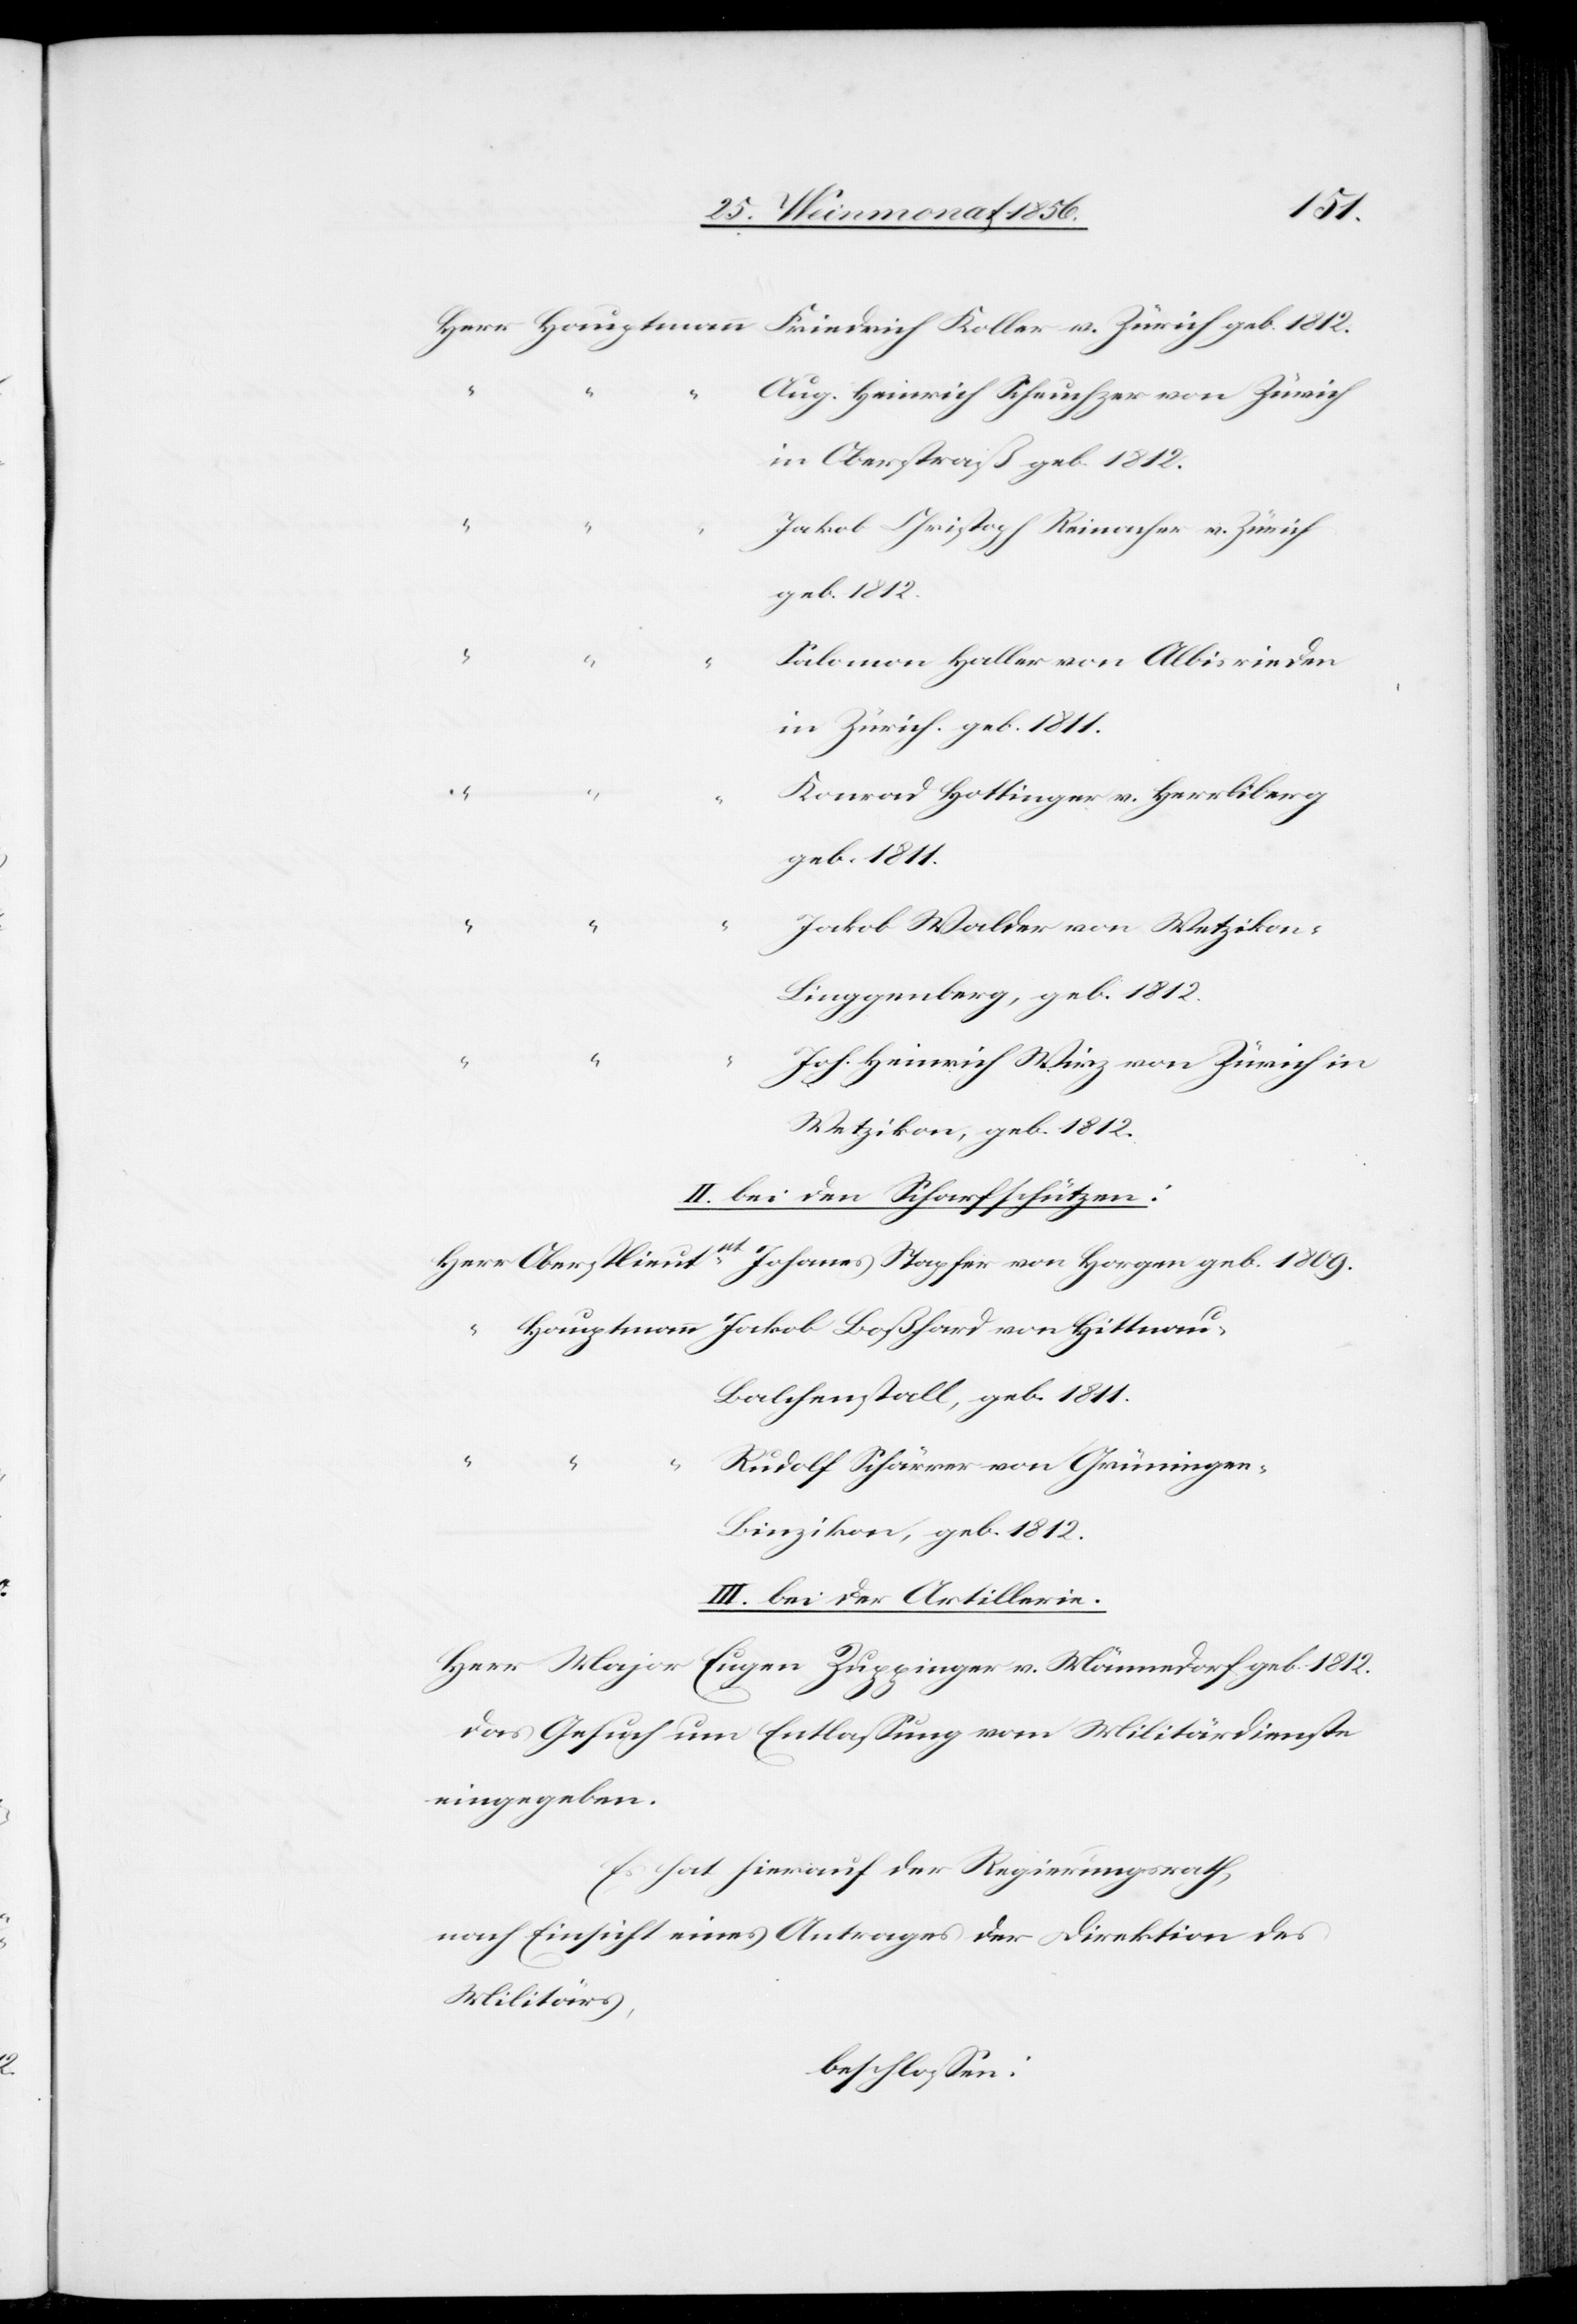
Herr Hauptmann Friedrich Koller v. Zürich geb. 1812.
ug. Heinrich Scheuchzer von Zürich
in Oberstraß geb. 1812.
akob Christoph Reinacher v. Zürich
geb. 1812.
alomon Haller von Albisrieden
in Zürich. geb. 1811.
onrad Hottinger v. Herrliberg
geb. 1811.
akob Walder von Wetzikon-L¬
inggenberg, geb. 1812.
oh. Heinrich Wirz von Zürich in
Wetzikon, geb. 1812.
II. bei den Scharfschützen:
Herr Oberstlieutnt Johanes Stapfer von Horgen geb. 1809.
Hauptmann Jakob Boßhard von Hittnau-B¬
alchenstall, geb. 1811.
“	“	R¬
udolf Schärrer von Grüningen-B¬
inzikon, geb. 1812.
III. bei der Artillerie.
Herr Major Eugen Zuppinger v. Männedorf geb. 1812.
das Gesuch um Entlassung vom Militärdienste
eingegeben.
Es hat hierauf der Regierungsrath,
nach Einsicht eines Antrages der Direktion des
Militärs,
beschlossen: